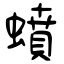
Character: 蟦